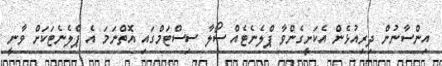
އިންސާނުން ދިރިއުޅެން އެކަށީގެންވާ ޕްލެނެޓެއް ސޯލާ ސިސްޓަމްގައި އޮތްނަމަ އެ ޕްލެނެޓަކަށް ވާނީ